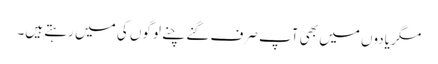
مگر یادوں میں بھی آپ صرف گنے چنے لوگوں کی میں رہتے ہیں۔